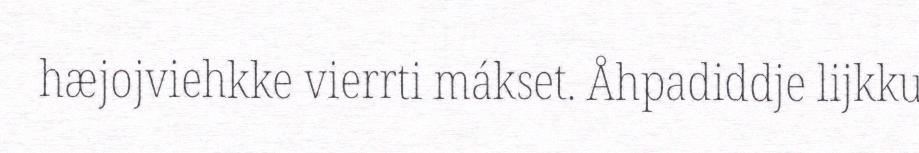
hæjojviehkke vierrti mákset. Åhpadiddje lijkku